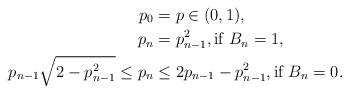
LaTeX: \begin{align*}p_0&=p\in(0,1),\\p_n&=p_{n-1}^2,\textrm{if $B_n=1$},\\p_{n-1}\sqrt{2-p_{n-1}^2}\le p_n&\le 2p_{n-1}-p_{n-1}^2,\textrm{if $B_n=0$}.\end{align*}